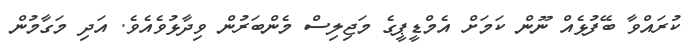
ކުރައްވާ ބޭފުޅެއް ނޫން ކަމަށް އެމްޑީޕީގެ މަޖިލިސް މެންބަރުން ވިދާޅުވެއެވެ. އަދި މަގާމުން